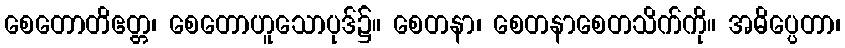
စေတောတိဧတ္တ၊ စေတောဟူသောပုဒ်၌။ စေတနာ၊ စေတနာစေတသိက်ကို။ အဓိပ္ပေတာ၊